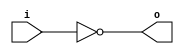
module invert (input wire i, output wire o);
   assign o = !i;
endmodule

module and2 (input wire i0, i1, output wire o);
  assign o = i0 & i1;
endmodule

module or2 (input wire i0, i1, output wire o);
  assign o = i0 | i1;
endmodule

module xor2 (input wire i0, i1, output wire o);
  assign o = i0 ^ i1;
endmodule

module nand2 (input wire i0, i1, output wire o);
   wire t;
   and2 and2_0 (i0, i1, t);
   invert invert_0 (t, o);
endmodule

module nor2 (input wire i0, i1, output wire o);
   wire t;
   or2 or2_0 (i0, i1, t);
   invert invert_0 (t, o);
endmodule

module xnor2 (input wire i0, i1, output wire o);
   wire t;
   xor2 xor2_0 (i0, i1, t);
   invert invert_0 (t, o);
endmodule

module and3 (input wire i0, i1, i2, output wire o);
   wire t;
   and2 and2_0 (i0, i1, t);
   and2 and2_1 (i2, t, o);
endmodule

module or3 (input wire i0, i1, i2, output wire o);
   wire t;
   or2 or2_0 (i0, i1, t);
   or2 or2_1 (i2, t, o);
endmodule

module nor3 (input wire i0, i1, i2, output wire o);
   wire t;
   or2 or2_0 (i0, i1, t);
   nor2 nor2_0 (i2, t, o);
endmodule

module nand3 (input wire i0, i1, i2, output wire o);
   wire t;
   and2 and2_0 (i0, i1, t);
   nand2 nand2_1 (i2, t, o);
endmodule

module xor3 (input wire i0, i1, i2, output wire o);
   wire t;
   xor2 xor2_0 (i0, i1, t);
   xor2 xor2_1 (i2, t, o);
endmodule

module xnor3 (input wire i0, i1, i2, output wire o);
   wire t;
   xor2 xor2_0 (i0, i1, t);
   xnor2 xnor2_0 (i2, t, o);
endmodule

module mux2 (input wire i0, i1, j, output wire o);
  assign o = (j==0)?i0:i1;
endmodule

module mux4 (input wire [0:3] i, input wire j1, j0, output wire o);
  wire  t0, t1;
  mux2 mux2_0 (i[0], i[1], j1, t0);
  mux2 mux2_1 (i[2], i[3], j1, t1);
  mux2 mux2_2 (t0, t1, j0, o);
endmodule

module mux8 (input wire [0:7] i, input wire j2, j1, j0, output wire o);
  wire  t0, t1;
  mux4 mux4_0 (i[0:3], j2, j1, t0);
  mux4 mux4_1 (i[4:7], j2, j1, t1);
  mux2 mux2_0 (t0, t1, j0, o);
endmodule